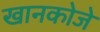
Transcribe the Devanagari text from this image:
खानकोजे